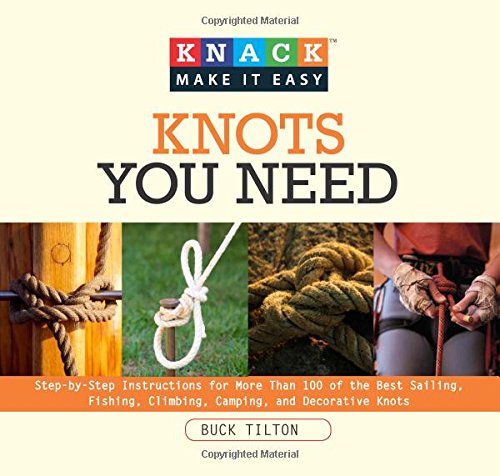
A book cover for Knack Knots You Need: Step-By-Step Instructions For More Than 100 Of The Best Sailing, Fishing, Climbing, Camping And Decorative Knots (Knack: Make It Easy); Buck Tilton; Crafts, Hobbies & Home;